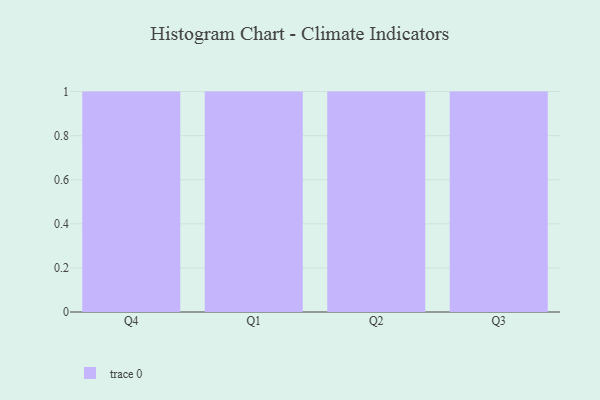
{"axis": {"x": "Quarter", "y": "Active Users"}, "legend": [""], "data": [{"x": "Q4", "y": 77, "type": ""}, {"x": "Q1", "y": 40, "type": ""}, {"x": "Q2", "y": 75, "type": ""}, {"x": "Q3", "y": 89, "type": ""}]}